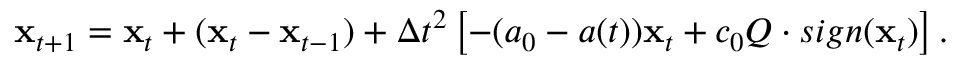
{ \bf x } _ { t + 1 } = { \bf x } _ { t } + ( { \bf x } _ { t } - { \bf x } _ { t - 1 } ) + \Delta t ^ { 2 } \left[ - ( a _ { 0 } - a ( t ) ) { \bf x } _ { t } + c _ { 0 } Q \cdot s i g n ( { \bf x } _ { t } ) \right] .